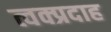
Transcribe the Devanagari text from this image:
त्वक्प्रदाह